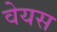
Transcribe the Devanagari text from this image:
वेयस